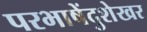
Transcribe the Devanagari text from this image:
परभाषेंदुशेखर